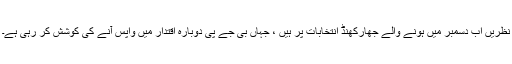
نظریں اب دسمبر میں ہونے والے جھارکھنڈ انتخابات پر ہیں ، جہاں بی جے پی دوبارہ اقتدار میں واپس آنے کی کوشش کر رہی ہے۔